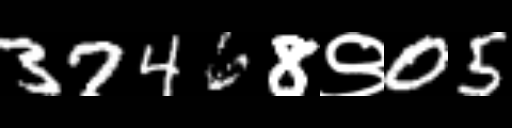
Text: 37468९05